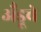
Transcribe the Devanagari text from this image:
अँड्रूचे